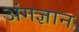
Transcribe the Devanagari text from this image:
अंगज्ञान